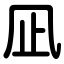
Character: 凪